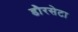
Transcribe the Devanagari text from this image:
डौरसेटा